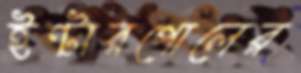
ইন্টারপোলের